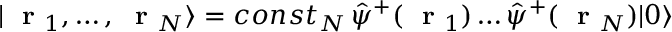
| \mathrm { ~ \bf ~ r ~ } _ { 1 } , \dots , \mathrm { ~ \bf ~ r ~ } _ { N } \rangle = c o n s t _ { N } \, \hat { \psi } ^ { + } ( \mathrm { ~ \bf ~ r ~ } _ { 1 } ) \dots \hat { \psi } ^ { + } ( \mathrm { ~ \bf ~ r ~ } _ { N } ) | 0 \rangle